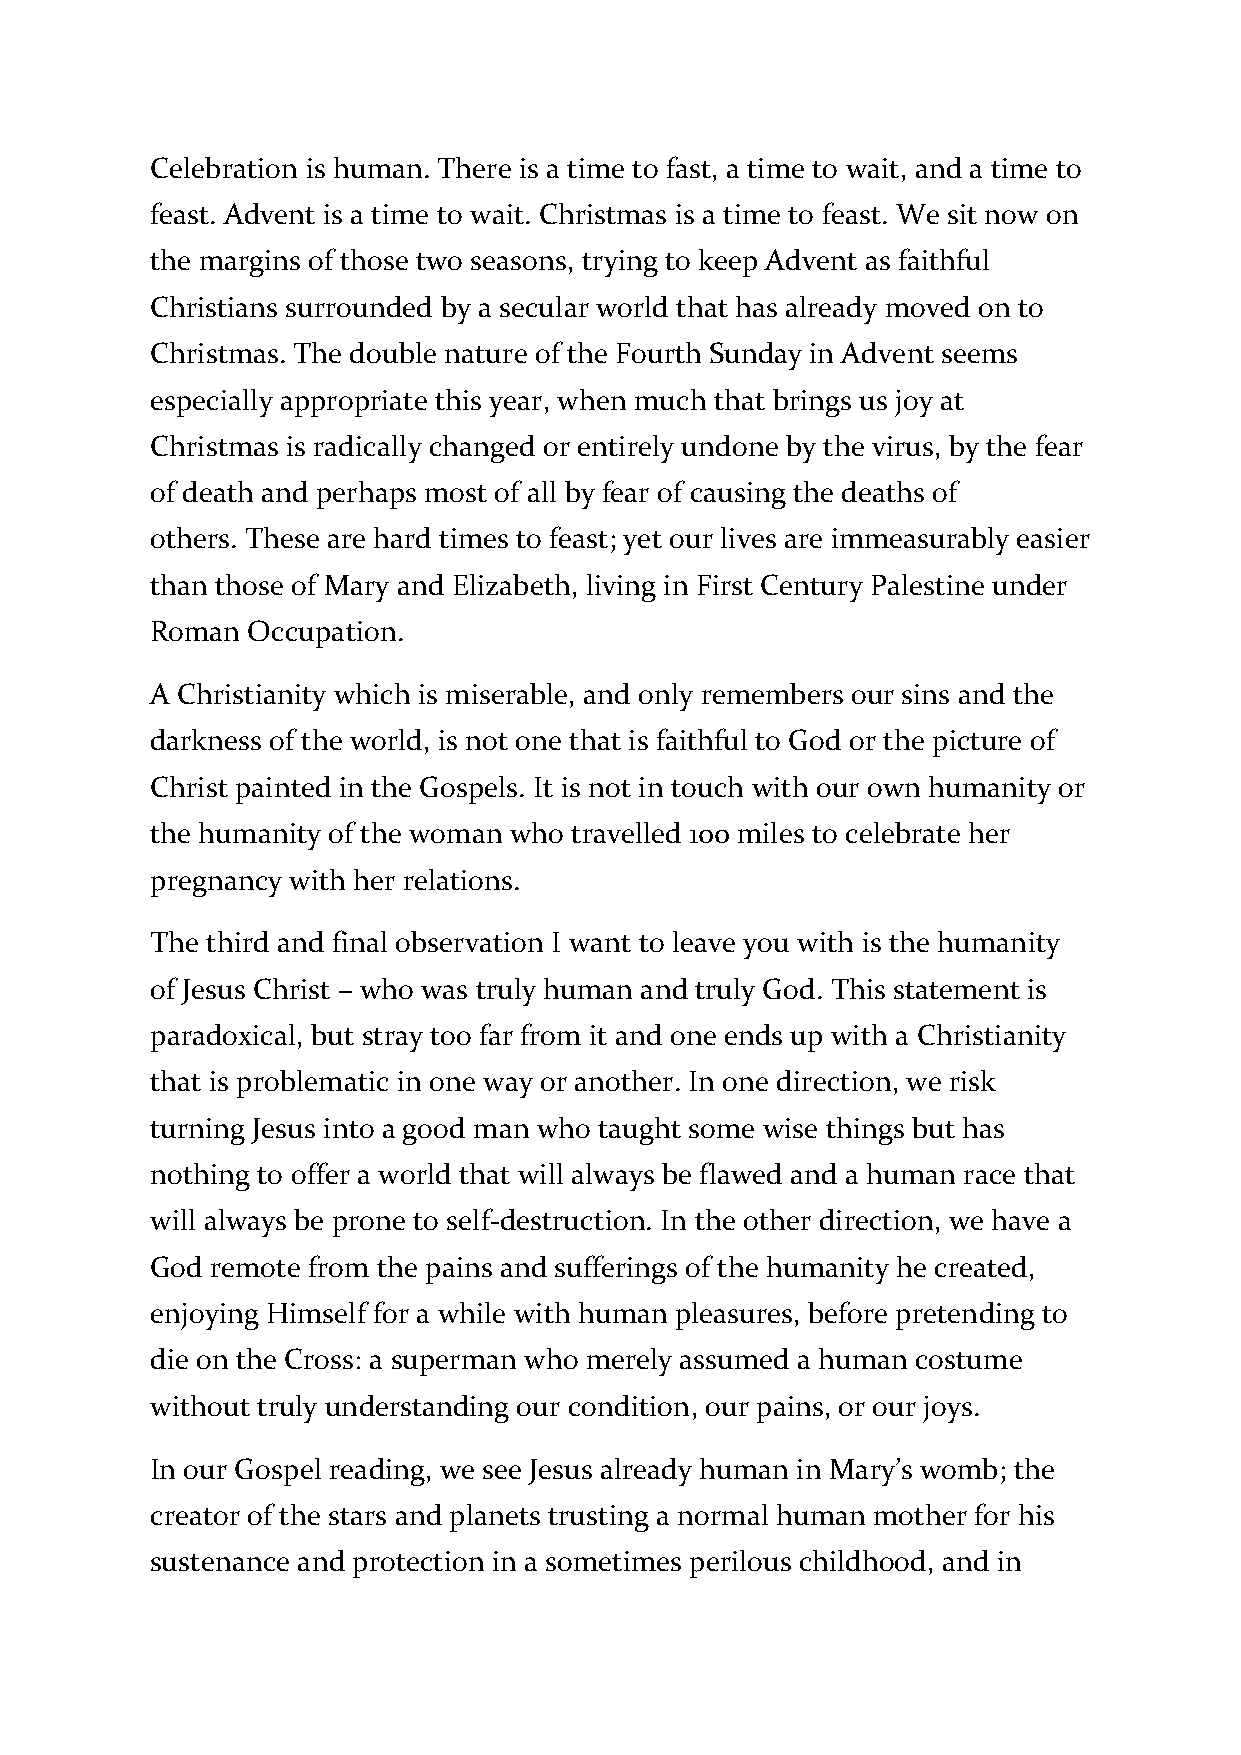
Celebration is human. There is a time to fast, a time to wait, and a time to
 feast. Advent is a time to wait. Christmas is a time to feast. We sit now on
 the margins of those two seasons, trying to keep Advent as faithful
 Christians surrounded by a secular world that has already moved on to
 Christmas. The double nature of the Fourth Sunday in Advent seems
 especially appropriate this year, when much that brings us joy at
 Christmas is radically changed or entirely undone by the virus, by the fear
 of death and perhaps most of all by fear of causing the deaths of
 others. These are hard times to feast; yet our lives are immeasurably easier
 than those of Mary and Elizabeth, living in First Century Palestine under
 Roman Occupation.
 A Christianity which is miserable, and only remembers our sins and the
 darkness of the world, is not one that is faithful to God or the picture of
 Christ painted in the Gospels. It is not in touch with our own humanity or
 the humanity of the woman who travelled 100 miles to celebrate her
 pregnancy with her relations.
 The third and final observation I want to leave you with is the humanity
 of Jesus Christ – who was truly human and truly God. This statement is
 paradoxical, but stray too far from it and one ends up with a Christianity
 that is problematic in one way or another. In one direction, we risk
 turning Jesus into a good man who taught some wise things but has
 nothing to offer a world that will always be flawed and a human race that
 will always be prone to self-destruction. In the other direction, we have a
 God remote from the pains and sufferings of the humanity he created,
 enjoying Himself for a while with human pleasures, before pretending to
 die on the Cross: a superman who merely assumed a human costume
 without truly understanding our condition, our pains, or our joys.
 In our Gospel reading, we see Jesus already human in Mary’s womb; the
 creator of the stars and planets trusting a normal human mother for his
 sustenance and protection in a sometimes perilous childhood, and in